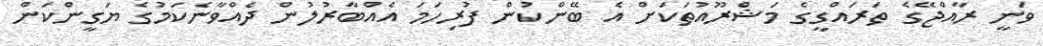
ވަނީ ރާއްޖޭގެ ތަރައްގީގެ މަޝްރޫއުތަކަށް އެ ބޭންކުން ފުރިހަމަ އެއްބާރުލުން ދެއްވާނެކަމުގެ ޔަގީންކަން